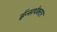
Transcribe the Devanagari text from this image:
ईन्सपेक्टर